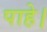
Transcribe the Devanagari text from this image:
पाहे।